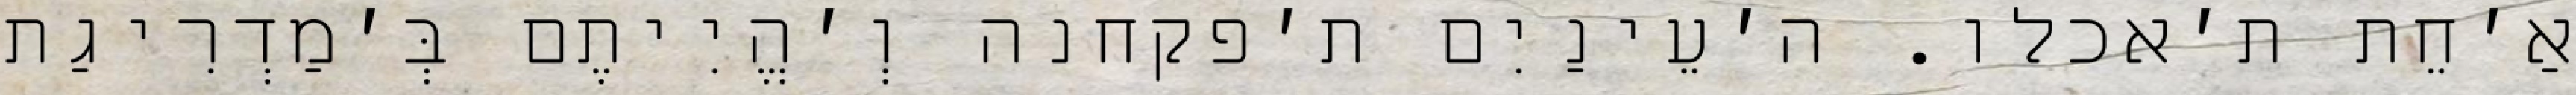
אַ׳חֵת ת׳אכלו. ה׳עֵינַיִם ת׳פקחנה וְ׳הֱיִיתֶם בְּ׳מַדְרִיגַת